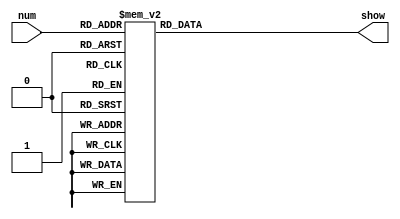
`timescale 1ns / 1ps
//////////////////////////////////////////////////////////////////////////////////
// Company: 
// Engineer: 
// 
// Design Name: 
// Module Name: showNumbers
// Project Name: 
// Target Devices: 
// Tool Versions: 
// Description: 
// 
// Dependencies: 
// 
// Revision:
// Revision 0.01 - File Created
// Additional Comments:
// 
//////////////////////////////////////////////////////////////////////////////////


module showNumbers(num, show);
	input [3:0] num;
	output reg[6:0] show;
	
	always @(num)
	begin
		case(num)
			4'b0000: show <= 7'b1000000; //0
			4'b0001: show <= 7'b1111001; //1
			4'b0010: show <= 7'b0100100; //2
			4'b0011: show <= 7'b0110000; //3
			4'b0100: show <= 7'b0011001; //4
			4'b0101: show <= 7'b0010010; //5
			4'b0110: show <= 7'b0000010; //6
			4'b0111: show <= 7'b1111000; //7
			4'b1000: show <= 7'b0000000; //8
			4'b1001: show <= 7'b0010000; //9
			4'b1010: show <= 7'b0001000; //a
			4'b1011: show <= 7'b0000011; //b
			4'b1100: show <= 7'b1000110; //C
			4'b1101: show <= 7'b0100001; //d
			4'b1110: show <= 7'b0000110; //E
			4'b1111: show <= 7'b0001110; //F
			default: show <= 7'b0110110; //error
		endcase
	end
endmodule